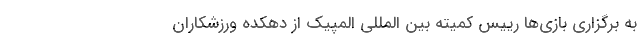
به برگزاری بازی‌ها رییس کمیته بین المللی المپیک از دهکده ورزشکاران